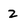
Character: 2